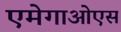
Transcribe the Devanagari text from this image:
एमेगाओएस